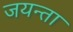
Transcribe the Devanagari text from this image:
जयन्ता